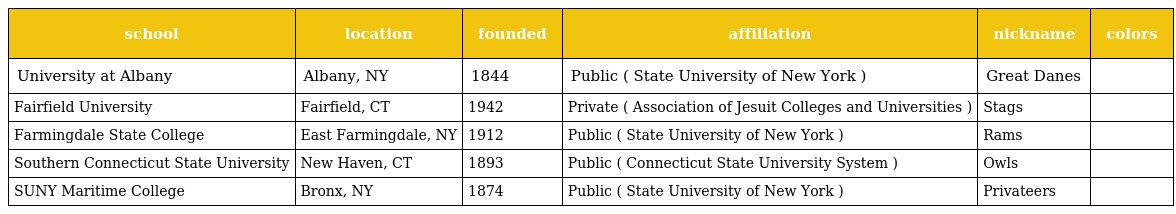
| school | location | founded | affiliation | nickname | colors |
 | --- | --- | --- | --- | --- | --- |
 | University at Albany | Albany, NY | 1844 | Public ( State University of New York ) | Great Danes |  |
 | Fairfield University | Fairfield, CT | 1942 | Private ( Association of Jesuit Colleges and Universities ) | Stags |  |
 | Farmingdale State College | East Farmingdale, NY | 1912 | Public ( State University of New York ) | Rams |  |
 | Southern Connecticut State University | New Haven, CT | 1893 | Public ( Connecticut State University System ) | Owls |  |
 | SUNY Maritime College | Bronx, NY | 1874 | Public ( State University of New York ) | Privateers |  |